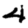
Digit: 4